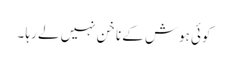
کوئی ہوش کے ناخن نہیں لے رہا ۔